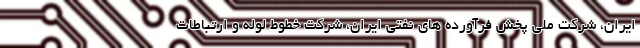
ایران، شرکت ملی پخش فرآورده های نفتی ایران، شرکت خطوط لوله و ارتباطات